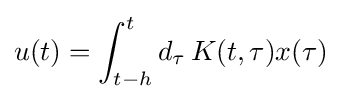
u(t)=\int _{t-h}^{t}d_{\tau }\,K(t,\tau )x(\tau )